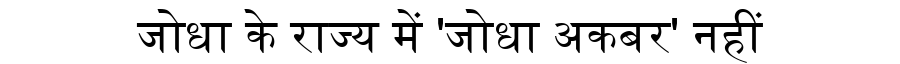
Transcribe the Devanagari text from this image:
जोधा के राज्य में 'जोधा अकबर' नहीं